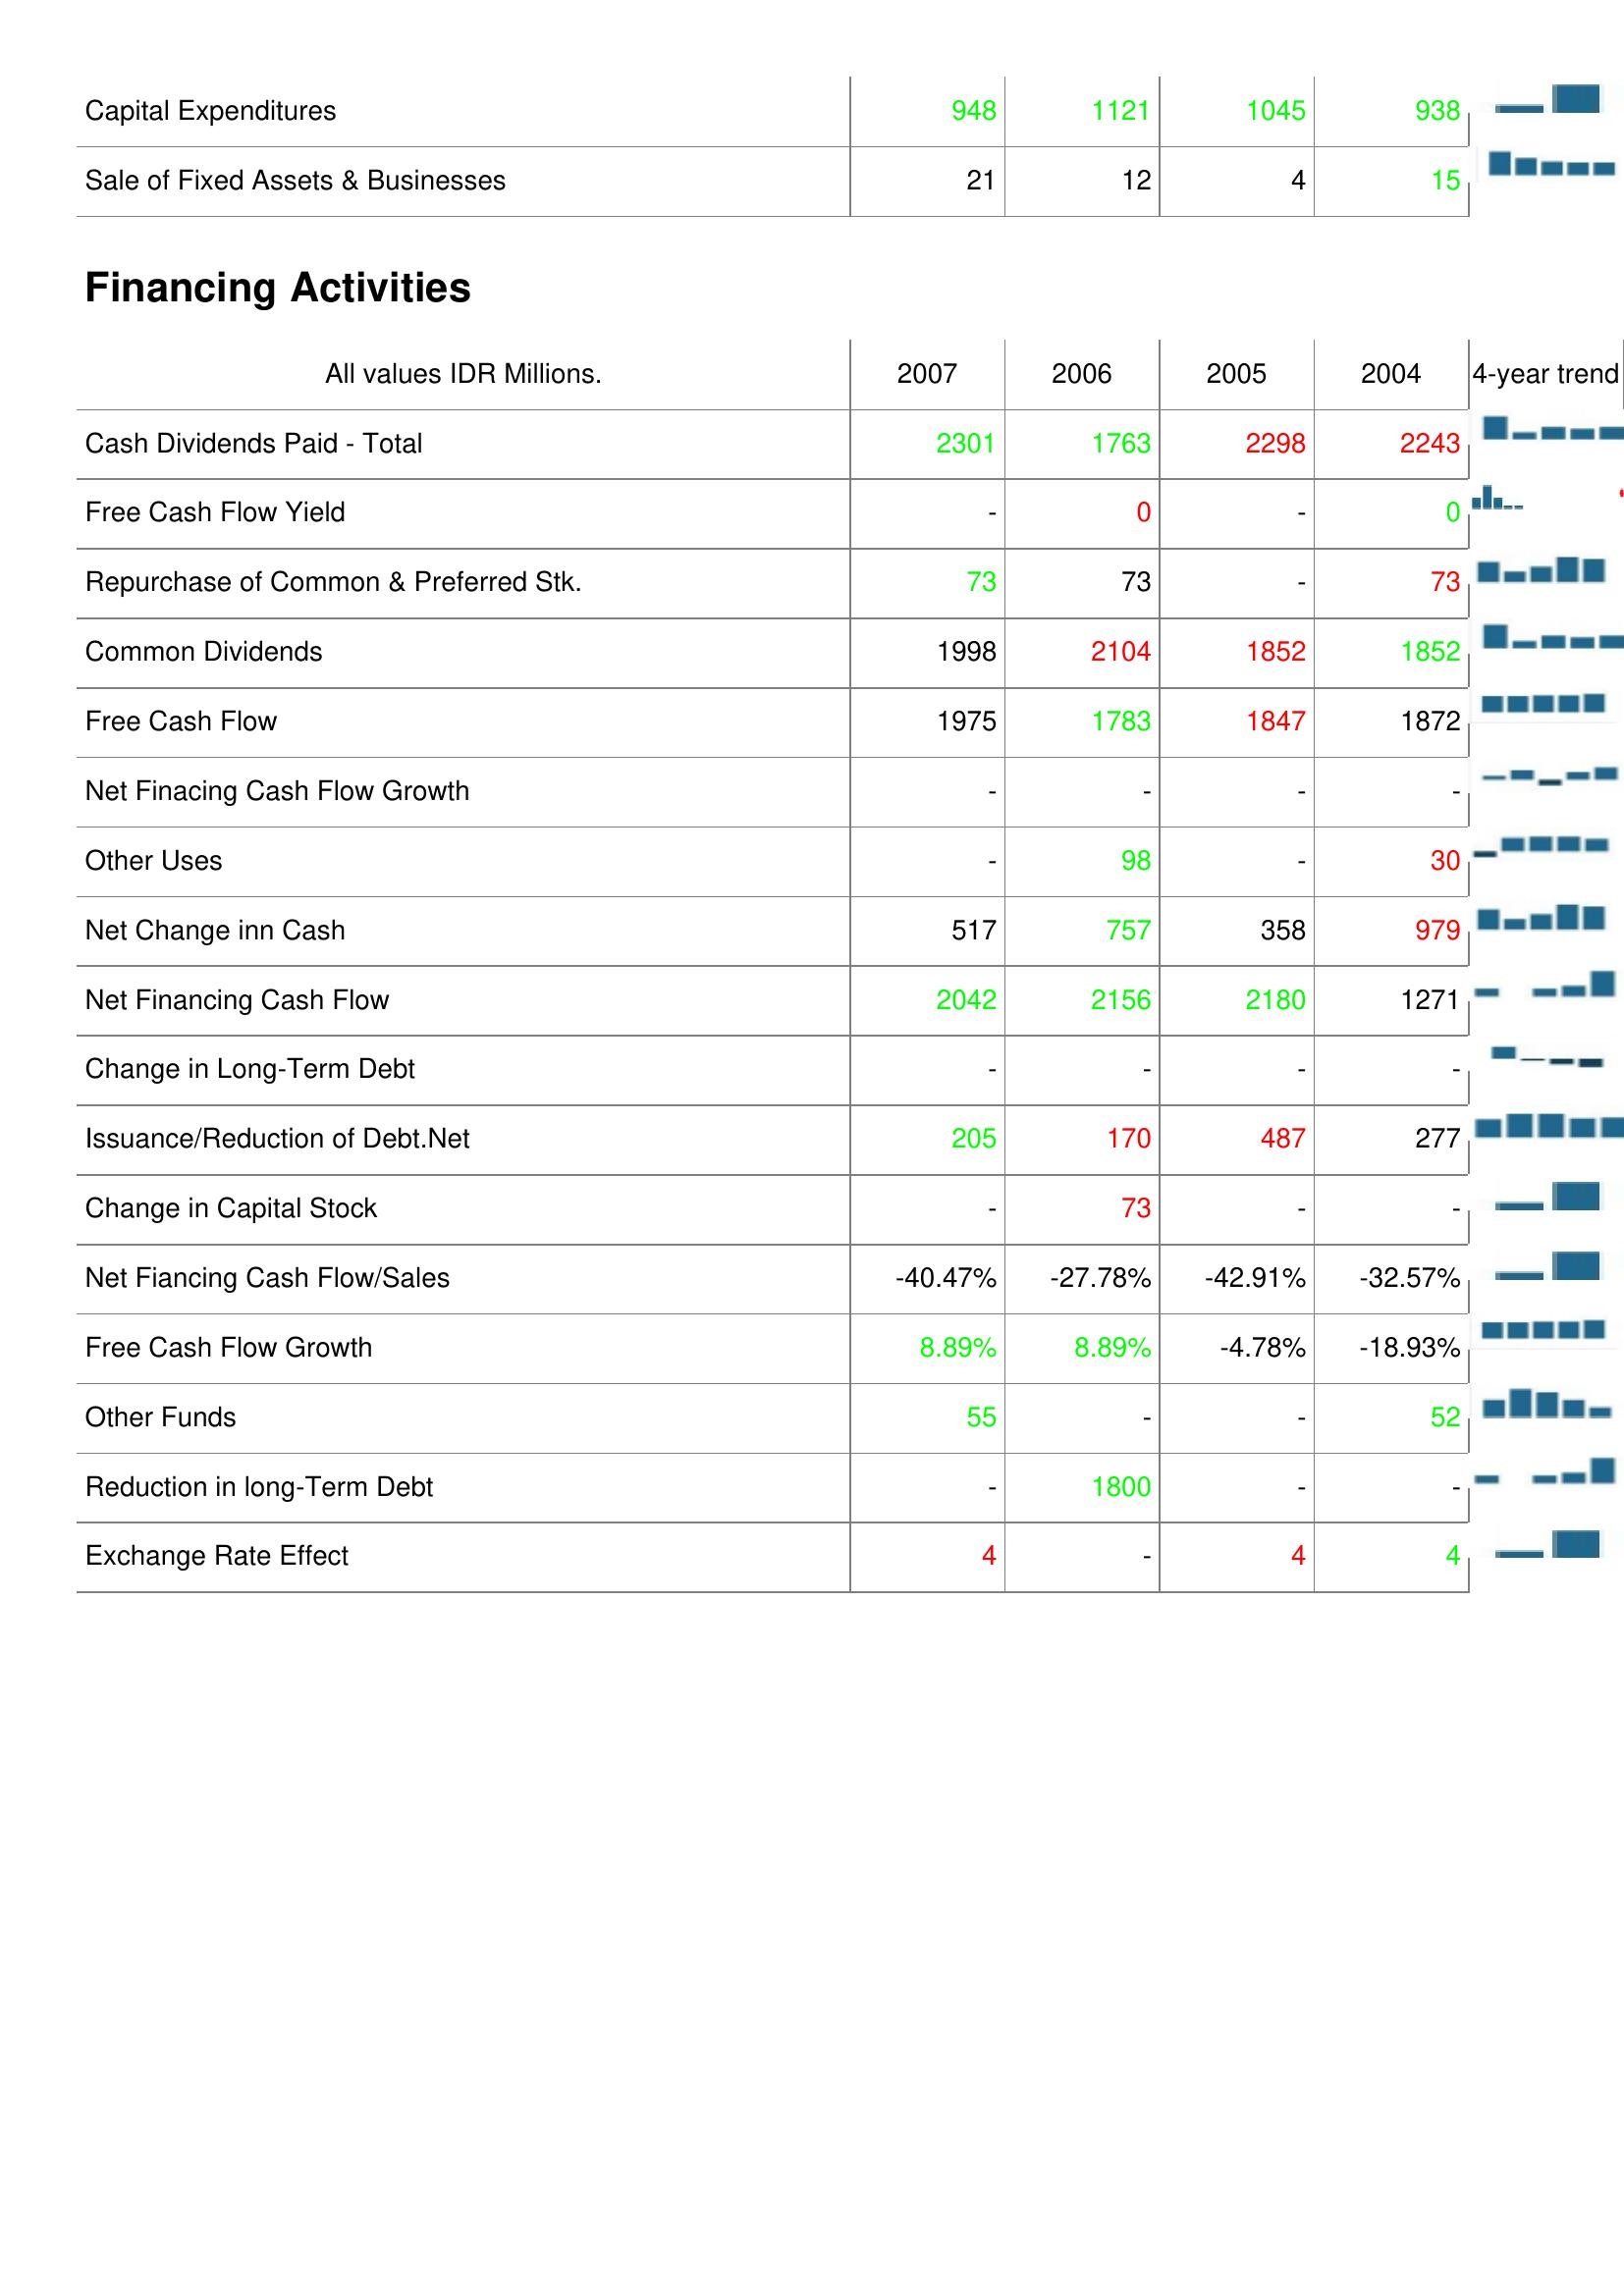
2007: Investing Activities: Capital Expenditures: 948
Sale of Fixed Assets & Businesses: 21
Financing Activities: Cash Dividends Paid - Total: 2301
Free Cash Flow Yield: -
Repurchase of Common & Preferred Stk.: 73
Common Dividends: 1998
Free Cash Flow: 1975
Net Finacing Cash Flow Growth: -
Other Uses: -
Net Change inn Cash: 517
Net Financing Cash Flow: 2042
Change in Long-Term Debt: -
Issuance/Reduction of Debt.Net: 205
Change in Capital Stock: -
Net Fiancing Cash Flow/Sales: -40.47%
Free Cash Flow Growth: 8.89%
Other Funds: 55
Reduction in long-Term Debt: -
Exchange Rate Effect: 4
2006: Investing Activities: Capital Expenditures: 1121
Sale of Fixed Assets & Businesses: 12
Financing Activities: Cash Dividends Paid - Total: 1763
Free Cash Flow Yield: 0
Repurchase of Common & Preferred Stk.: 73
Common Dividends: 2104
Free Cash Flow: 1783
Net Finacing Cash Flow Growth: -
Other Uses: 98
Net Change inn Cash: 757
Net Financing Cash Flow: 2156
Change in Long-Term Debt: -
Issuance/Reduction of Debt.Net: 170
Change in Capital Stock: 73
Net Fiancing Cash Flow/Sales: -27.78%
Free Cash Flow Growth: 8.89%
Other Funds: -
Reduction in long-Term Debt: 1800
Exchange Rate Effect: -
2005: Investing Activities: Capital Expenditures: 1045
Sale of Fixed Assets & Businesses: 4
Financing Activities: Cash Dividends Paid - Total: 2298
Free Cash Flow Yield: -
Repurchase of Common & Preferred Stk.: -
Common Dividends: 1852
Free Cash Flow: 1847
Net Finacing Cash Flow Growth: -
Other Uses: -
Net Change inn Cash: 358
Net Financing Cash Flow: 2180
Change in Long-Term Debt: -
Issuance/Reduction of Debt.Net: 487
Change in Capital Stock: -
Net Fiancing Cash Flow/Sales: -42.91%
Free Cash Flow Growth: -4.78%
Other Funds: -
Reduction in long-Term Debt: -
Exchange Rate Effect: 4
2004: Investing Activities: Capital Expenditures: 938
Sale of Fixed Assets & Businesses: 15
Financing Activities: Cash Dividends Paid - Total: 2243
Free Cash Flow Yield: 0
Repurchase of Common & Preferred Stk.: 73
Common Dividends: 1852
Free Cash Flow: 1872
Net Finacing Cash Flow Growth: -
Other Uses: 30
Net Change inn Cash: 979
Net Financing Cash Flow: 1271
Change in Long-Term Debt: -
Issuance/Reduction of Debt.Net: 277
Change in Capital Stock: -
Net Fiancing Cash Flow/Sales: -32.57%
Free Cash Flow Growth: -18.93%
Other Funds: 52
Reduction in long-Term Debt: -
Exchange Rate Effect: 4